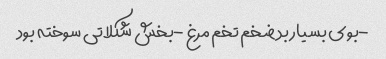
-بوی بسیار بد ضخم تخم مرغ -بخش شکلاتی سوخته بود